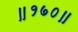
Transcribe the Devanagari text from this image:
॥१७०॥